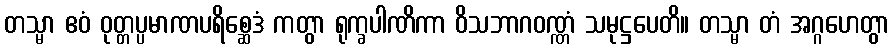
တသ္မာ ဧဝံ ဝုတ္တပ္ပမာဏပရိစ္ဆေဒံ ကတွာ ရုက္ခပါဏိကာ ဝိသဘာဂဝဏ္ဏံ သမုဋ္ဌပေတိ။ တသ္မာ တံ အဂ္ဂဟေတွာ